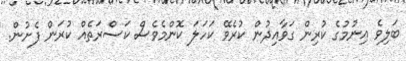
ބަލިވެ އިނުމުގެ ކުރިން ގަވާއިދުން ކުރެވޭ ކަހަލަ ކޮންމެވެސް ކަސްރަތެއް ކުރަން ފެށުން.